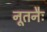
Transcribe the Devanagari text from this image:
नूतनैः